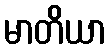
မာတိယာ